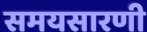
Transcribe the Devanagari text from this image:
समयसारणी